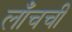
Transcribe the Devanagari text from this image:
लाँचची